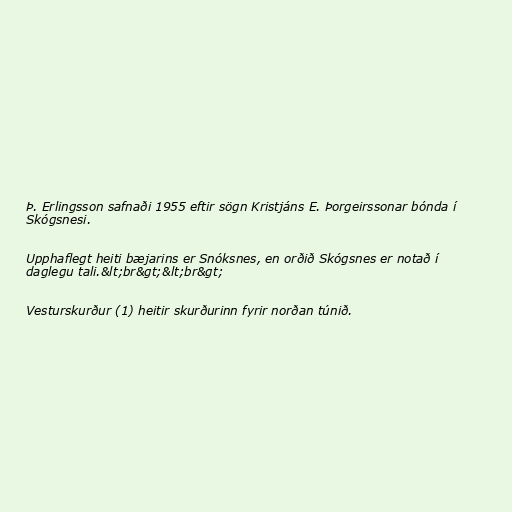
Þ. Erlingsson safnaði 1955 eftir sögn Kristjáns E. Þorgeirssonar bónda í
Skógsnesi.

Upphaflegt heiti bæjarins er Snóksnes, en orðið Skógsnes er notað í
daglegu tali.&lt;br&gt;&lt;br&gt;

Vesturskurður (1) heitir skurðurinn fyrir norðan túnið.